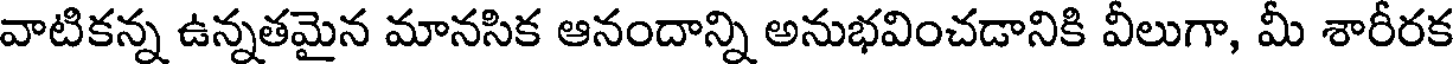
వాటికన్న ఉన్నతమైన మానసిక ఆనందాన్ని అనుభవించడానికి వీలుగా, మీ శారీరక